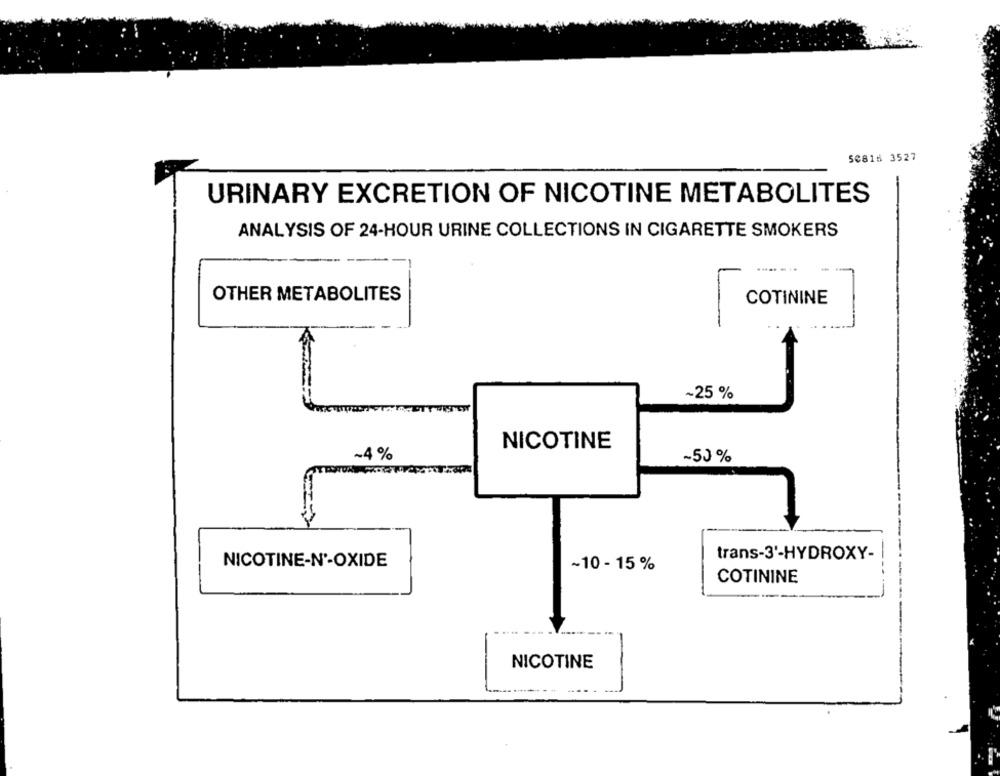
5€816 3527
URINARY EXCRETION OF NICOTINE METABOLITES
ANALYSIS OF 24-HOUR URINE COLLECTIONS IN CIGARETTE SMOKERS
..... ...
OTHER METABOLITES
COTININE
~25 %
NICOTINE
~4%
~50%
trans-3'-HYDROXY-
NICOTINE-Nº-OXIDE
~10 - 15 %
COTININE
NICOTINE